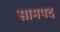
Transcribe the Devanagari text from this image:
सामपद